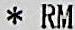
* RM